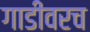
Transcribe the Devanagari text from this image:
गाडीवरच